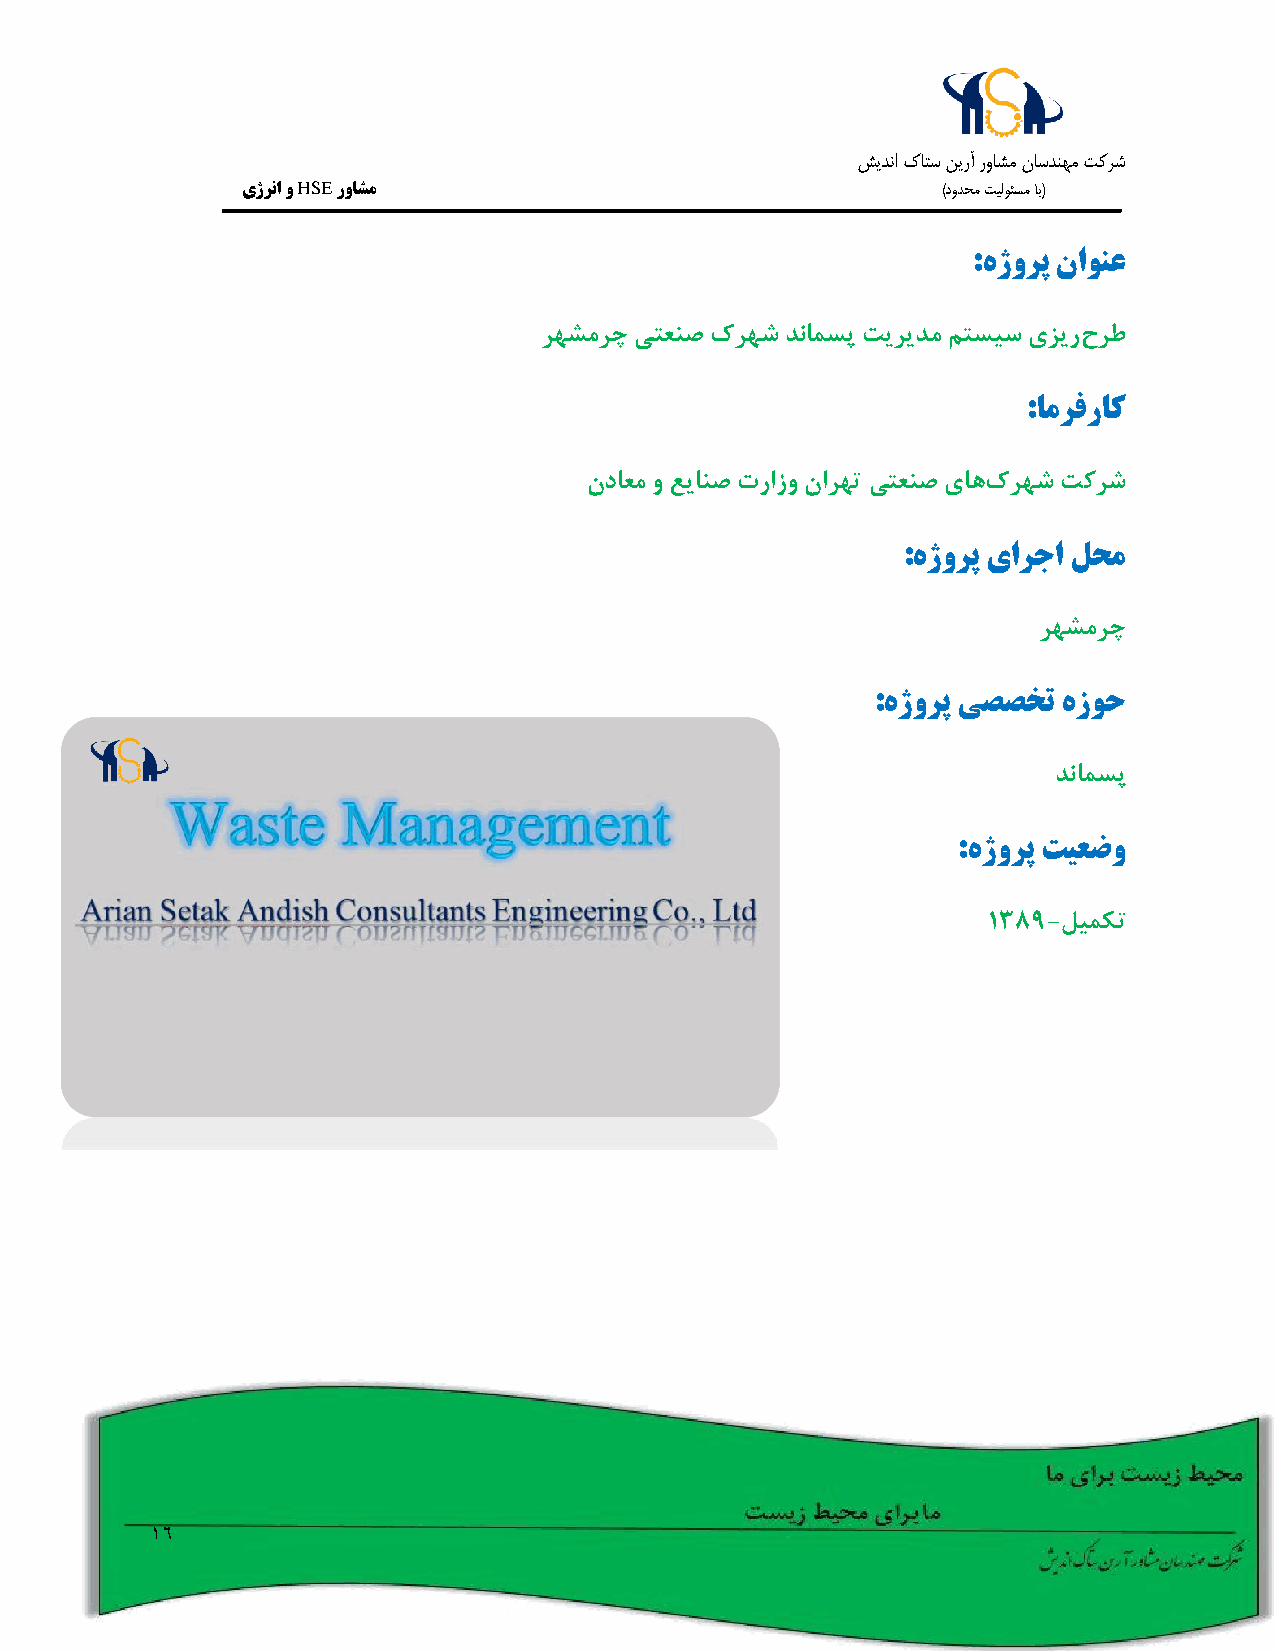
شيدنا كاتس نيرآ رواشم ناسدنهم تکرش
 یژرنا و HSE رواشم                             )دودحم تيلوئسم اب(
 :هژورپ ناونع
 رهشمرچ یتعنص کرهش دنامسپ تیریدم متسیس یزیرحرط
 :امرفراک
 نداعم و عیانص ترازو نارهت یتعنص یاهکرهش تکرش
 :هژورپ یارجا لحم
 رهشمرچ
 :هژورپ یصصخت هزوح
 دنامسپ
 :هژورپ تیعضو
 1389-لیمکت
 16